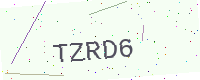
Text: TZRD6